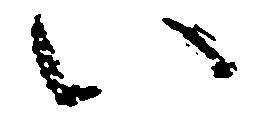
い